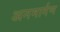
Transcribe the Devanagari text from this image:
अनमार्गण